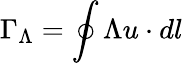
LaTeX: \Gamma_{\Lambda}=\oint\Lambda u\cdot dl